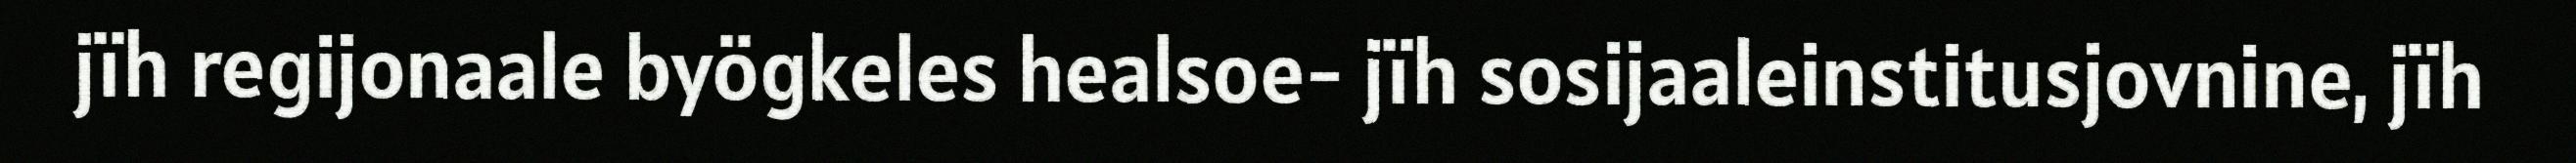
jïh regijonaale byögkeles healsoe- jïh sosijaaleinstitusjovnine, jïh